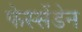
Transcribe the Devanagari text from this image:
फेस्सेंडेन